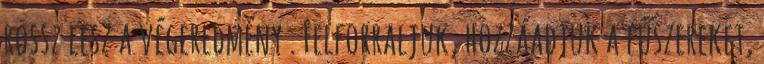
rossz lesz a végeredmény . Felforraljuk, hozzáadjuk a fűszereket,